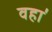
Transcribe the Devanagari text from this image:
वहा॑